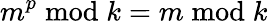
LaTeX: m^{p}{\bmod{k}}=m{\bmod{k}}